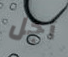
أجل